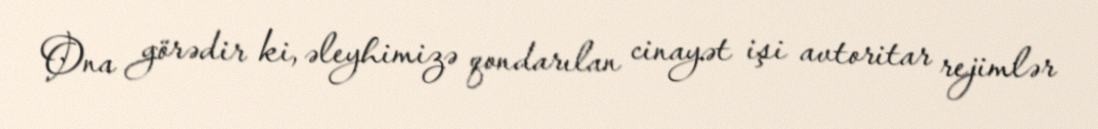
Ona görədir ki, əleyhimizə qondarılan cinayət işi avtoritar rejimlər